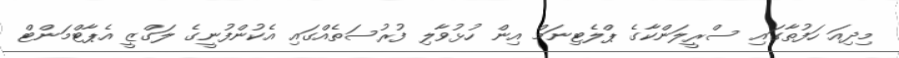
މިދިއަ ހަފުތާގައި ސްރީލަންކާގެ ޕްލެޓިނަމް އިން ހުޅުވާލި ފުރުސަތެއްގައި އެކުންފުނީގެ ލަގްޒީ އެޕާޓްމަންޓް